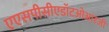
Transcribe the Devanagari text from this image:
एएसपीसीएडॉटओआरजी